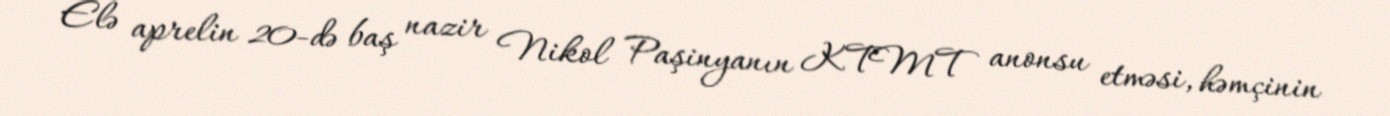
Elə aprelin 20-də baş nazir Nikol Paşinyanın KTMT anonsu etməsi, həmçinin